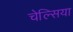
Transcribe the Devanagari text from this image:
चेल्‍िसया